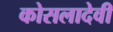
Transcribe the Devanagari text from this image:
कोसलादेवी